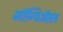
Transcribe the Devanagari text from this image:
मॉन्ट्रिऑल